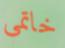
خاتمي